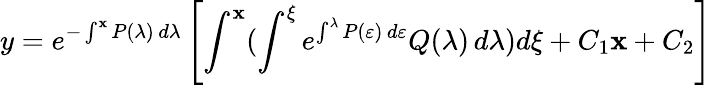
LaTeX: y=e^{-\int^{\mathbf{x}}P(\lambda)\, d\lambda}\left[\int^{\mathbf{x}}(\int^{\xi}e^{\int^{\lambda}P(\varepsilon)\, d\varepsilon}Q(\lambda)\, d\lambda)d\xi+C_{1}\mathbf{x}+C_{2}\right]